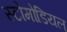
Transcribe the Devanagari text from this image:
स्टोमोडियल